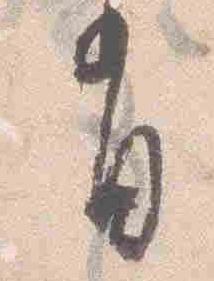
有